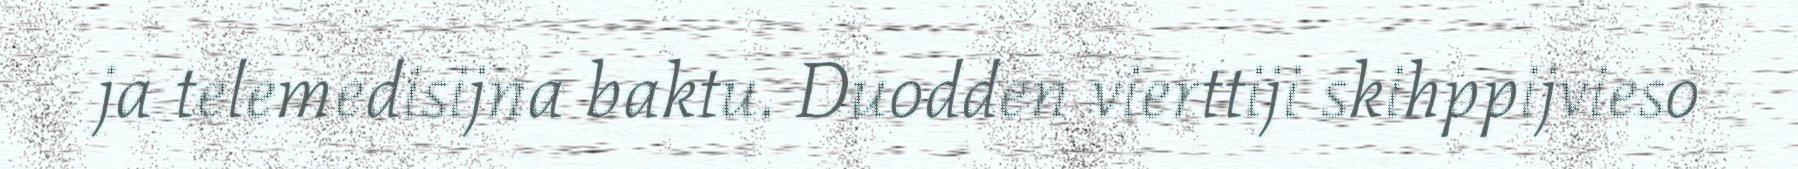
ja telemedisijna baktu. Duodden vierttiji skihppijvieso